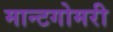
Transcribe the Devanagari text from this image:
मान्टगोमरी